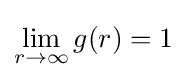
\lim \limits _{r\to \infty }g(r)=1